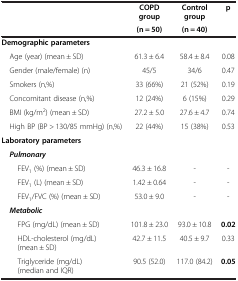
| <ROWSPAN=2>  | COPD group | Control group | <ROWSPAN=2> p |
 | (n = 50) | (n = 40) |
 | --- | --- | --- | --- |
 | Demographic parameters |  |  |  |
 | Age (year) (mean ± SD) | 61.3 ± 6.4 | 58.4 ± 8.4 | 0.08 |
 | Gender (male/female) (n) | 45/5 | 34/6 | 0.47 |
 | Smokers (n,%) | 33 (66%) | 21 (52%) | 0.19 |
 | Concomitant disease (n,%) | 12 (24%) | 6 (15%) | 0.29 |
 | BMI (kg/m2) (mean ± SD) | 27.2 ± 5.0 | 27.6 ± 4.7 | 0.74 |
 | High BP (BP > 130/85 mmHg) (n,%) | 22 (44%) | 15 (38%) | 0.53 |
 | Laboratory parameters |  |  |  |
 | Pulmonary |  |  |  |
 | FEV1 (%) (mean ± SD) | 46.3 ± 16.8 | - | - |
 | FEV1 (L) (mean ± SD) | 1.42 ± 0.64 | - | - |
 | FEV1/FVC (%) (mean ± SD) | 53.0 ± 9.0 | - | - |
 | Metabolic |  |  |  |
 | FPG (mg/dL) (mean ± SD) | 101.8 ± 23.0 | 93.0 ± 10.8 | 0.02 |
 | HDL-cholesterol (mg/dL) (mean ± SD) | 42.7 ± 11.5 | 40.5 ± 9.7 | 0.33 |
 | Triglyceride (mg/dL) (median and IQR) | 90.5 (52.0) | 117.0 (84.2) | 0.05 |